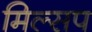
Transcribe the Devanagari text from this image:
मिल्सप